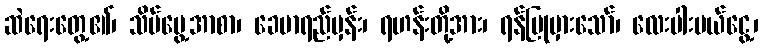
ဆဲရေးတွေ့၏၊ သိမ်မွေ့အာစာ၊ ခေမာရည်မှန်း၊ ရဟန်းတို့အား၊ ရန်ပြုမှားသော်၊ လေးပါးပယ်ငွေ့၊